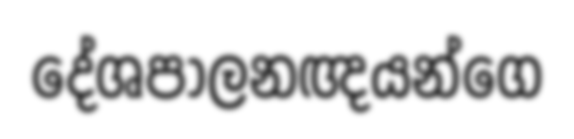
දේශපාලනඥයන්ගෙ